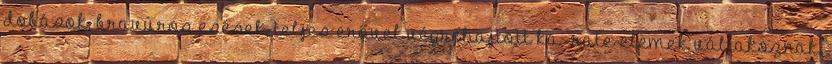
dobások, bravúros esések, teljes erővel végrehajtott ka- rate-elemek váltakoznak,